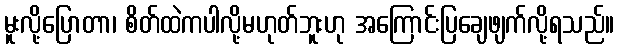
မူးလို့ပြောတာ၊ စိတ်ထဲကပါလို့မဟုတ်ဘူးဟု အကြောင်းပြချေဖျက်လို့ရသည်။